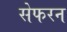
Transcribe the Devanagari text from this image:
सेफरन